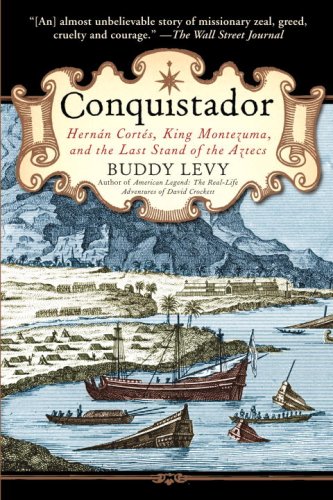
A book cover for Conquistador: Hernan Cortes, King Montezuma, and the Last Stand of the Aztecs; Buddy Levy; History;